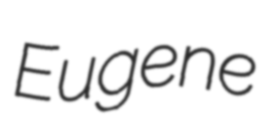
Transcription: Eugene